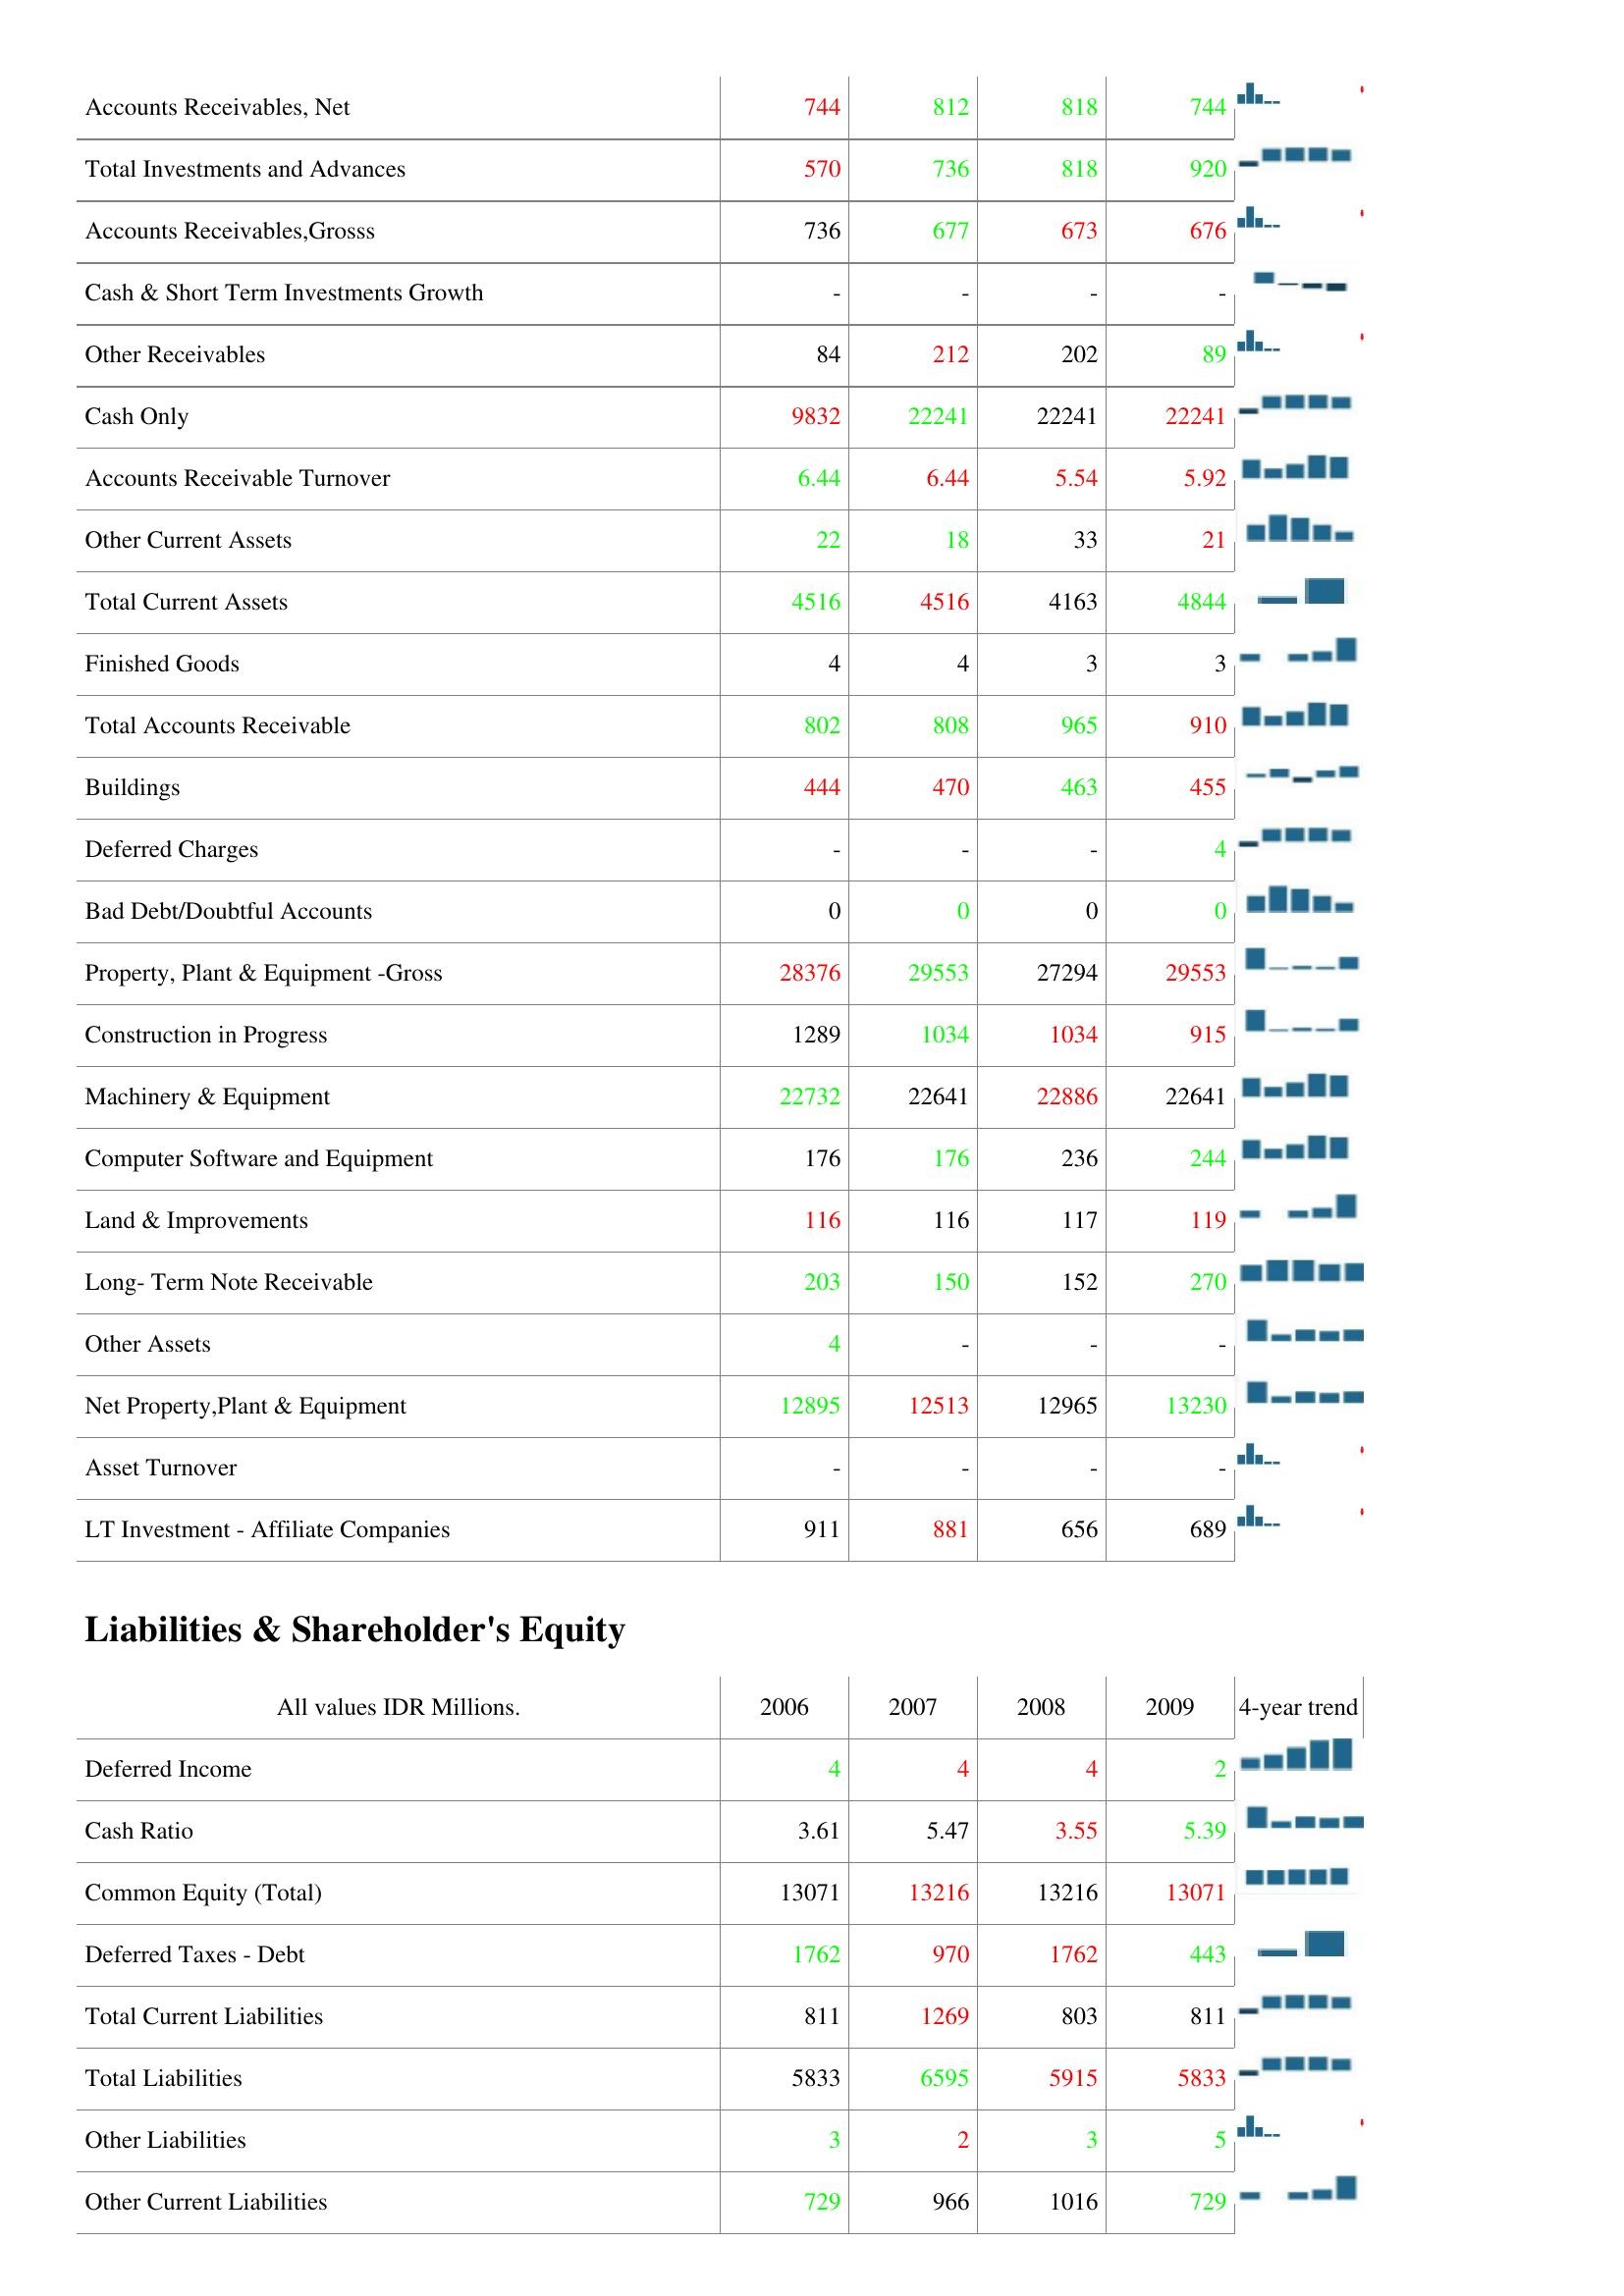
2006: Assets: Accounts Receivables, Net: 744
Total Investments and Advances: 570
Accounts Receivables,Grosss: 736
Cash & Short Term Investments Growth: -
Other Receivables: 84
Cash Only: 9832
Accounts Receivable Turnover: 6.44
Other Current Assets: 22
Total Current Assets: 4516
Finished Goods: 4
Total Accounts Receivable: 802
Buildings: 444
Deferred Charges: -
Bad Debt/Doubtful Accounts: 0
Property, Plant & Equipment -Gross: 28376
Construction in Progress: 1289
Machinery & Equipment: 22732
Computer Software and Equipment: 176
Land & Improvements: 116
Long- Term Note Receivable: 203
Other Assets: 4
Net Property,Plant & Equipment: 12895
Asset Turnover: -
LT Investment - Affiliate Companies: 911
Liabilities & Shareholder's Equity: Deferred Income: 4
Cash Ratio: 3.61
Common Equity (Total): 13071
Deferred Taxes - Debt: 1762
Total Current Liabilities: 811
Total Liabilities: 5833
Other Liabilities: 3
Other Current Liabilities: 729
2007: Assets: Accounts Receivables, Net: 812
Total Investments and Advances: 736
Accounts Receivables,Grosss: 677
Cash & Short Term Investments Growth: -
Other Receivables: 212
Cash Only: 22241
Accounts Receivable Turnover: 6.44
Other Current Assets: 18
Total Current Assets: 4516
Finished Goods: 4
Total Accounts Receivable: 808
Buildings: 470
Deferred Charges: -
Bad Debt/Doubtful Accounts: 0
Property, Plant & Equipment -Gross: 29553
Construction in Progress: 1034
Machinery & Equipment: 22641
Computer Software and Equipment: 176
Land & Improvements: 116
Long- Term Note Receivable: 150
Other Assets: -
Net Property,Plant & Equipment: 12513
Asset Turnover: -
LT Investment - Affiliate Companies: 881
Liabilities & Shareholder's Equity: Deferred Income: 4
Cash Ratio: 5.47
Common Equity (Total): 13216
Deferred Taxes - Debt: 970
Total Current Liabilities: 1269
Total Liabilities: 6595
Other Liabilities: 2
Other Current Liabilities: 966
2008: Assets: Accounts Receivables, Net: 818
Total Investments and Advances: 818
Accounts Receivables,Grosss: 673
Cash & Short Term Investments Growth: -
Other Receivables: 202
Cash Only: 22241
Accounts Receivable Turnover: 5.54
Other Current Assets: 33
Total Current Assets: 4163
Finished Goods: 3
Total Accounts Receivable: 965
Buildings: 463
Deferred Charges: -
Bad Debt/Doubtful Accounts: 0
Property, Plant & Equipment -Gross: 27294
Construction in Progress: 1034
Machinery & Equipment: 22886
Computer Software and Equipment: 236
Land & Improvements: 117
Long- Term Note Receivable: 152
Other Assets: -
Net Property,Plant & Equipment: 12965
Asset Turnover: -
LT Investment - Affiliate Companies: 656
Liabilities & Shareholder's Equity: Deferred Income: 4
Cash Ratio: 3.55
Common Equity (Total): 13216
Deferred Taxes - Debt: 1762
Total Current Liabilities: 803
Total Liabilities: 5915
Other Liabilities: 3
Other Current Liabilities: 1016
2009: Assets: Accounts Receivables, Net: 744
Total Investments and Advances: 920
Accounts Receivables,Grosss: 676
Cash & Short Term Investments Growth: -
Other Receivables: 89
Cash Only: 22241
Accounts Receivable Turnover: 5.92
Other Current Assets: 21
Total Current Assets: 4844
Finished Goods: 3
Total Accounts Receivable: 910
Buildings: 455
Deferred Charges: 4
Bad Debt/Doubtful Accounts: 0
Property, Plant & Equipment -Gross: 29553
Construction in Progress: 915
Machinery & Equipment: 22641
Computer Software and Equipment: 244
Land & Improvements: 119
Long- Term Note Receivable: 270
Other Assets: -
Net Property,Plant & Equipment: 13230
Asset Turnover: -
LT Investment - Affiliate Companies: 689
Liabilities & Shareholder's Equity: Deferred Income: 2
Cash Ratio: 5.39
Common Equity (Total): 13071
Deferred Taxes - Debt: 443
Total Current Liabilities: 811
Total Liabilities: 5833
Other Liabilities: 5
Other Current Liabilities: 729